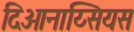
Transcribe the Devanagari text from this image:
दिओनाय्सियस